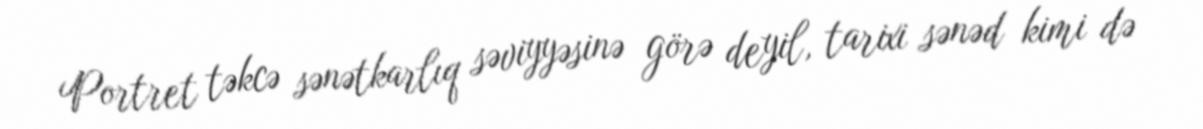
Portret təkcə sənətkarlıq səviyyəsinə görə deyil, tarixi sənəd kimi də